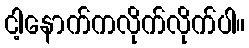
ငါ့နောက်ကလိုက်လိုက်ပါ။